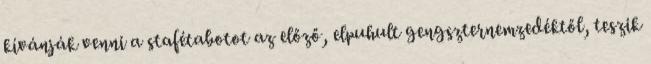
kívánják venni a stafétabotot az előző, elpuhult gengszternemzedéktől, teszik